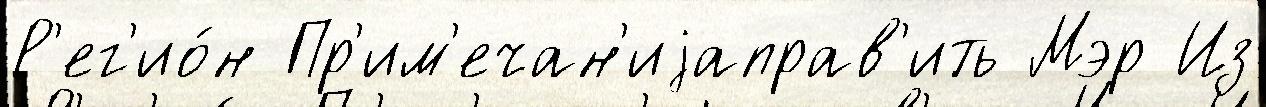
Р'ег'ио́н Пр'им'ечан'иjаправ'ить Мэр Из